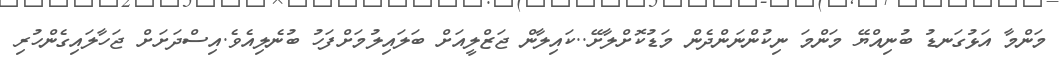
މަންމާ އަޅުގަނޑު ބުނިއްޔޭ މަންމަ ނިކުންނަންދެން މަޑުކޮށްލާށޭ..ކައިލާން ޖަޒްލީއަަށް ބަލައިލުމަށްފަހު ބުނެލިއެވެ.އިސްދަށަށް ޖަހާލައިގެންހުރި